Annual statistical returns and brief notes on vaccination in Bengal - 1896-1909
Year: 1896
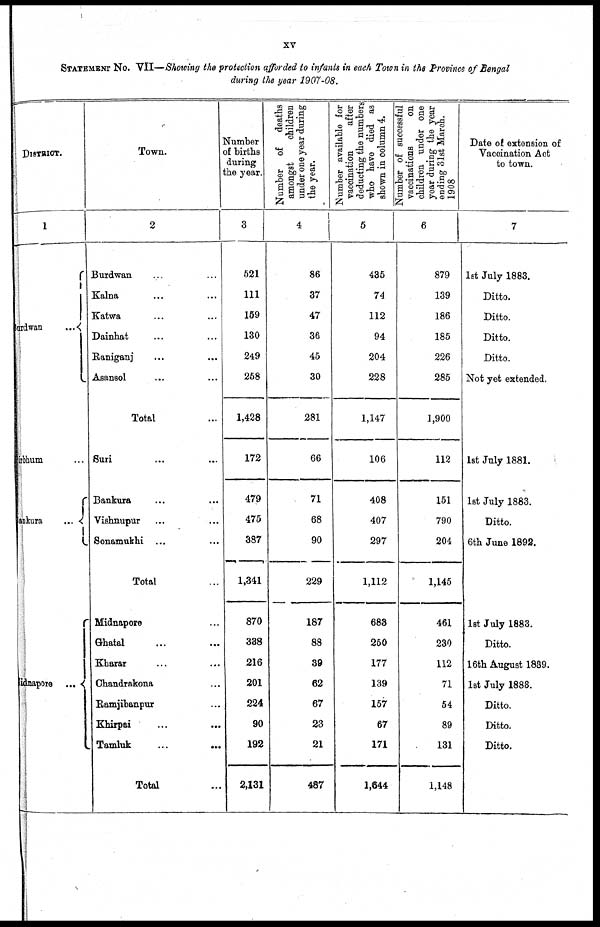
xv
STATEMENT NO. VII—Showing the protection afforded to infants in each Town in the Province of Bengal
during the year 1907-08.
DISTRICT.
1
nrdwan...
Birbhum. . .
Bankura...
Midnapore... ...
Town.
2
Burdwan... ...
Kalna... ...
Katwa... ...
Dainhat... ...
Raniganj... ...
Asansol... ...
Total...
Suri... ...
Bankura... ...
Vishnupur... ...
Sonamukhi... ...
Total...
Midnapore... ...
Ghatal... ...
Kharar... ...
Chandrakona... ...
Ramjibanpur... ...
Khirpai... ...
Tamluk... ...
Total... ...
Number
of births
during
the year.
3
521
111
159
130
249
258
1,428
172
479
475
387
1,341
870
388
216
201
224
90
192
2,131
Number of deaths
amongst
children
under one year during
the year.
4
86
37
47
36
45
30
281
66
71
68
90
229
187
88
39
62
67
23
21
487
Number available for
vaccination
after
deducting the numbers
who have died as
shown in column 4.
5
435
74
112
94
204
228
1,147
106
408
407
297
1,112
683
250
177
139
157
67
171
1,644
Number of successful
vaccinations
on
children under one
year during the year
ending 31st March.
1908
6
879
139
186
185
226
285
1,900
112
151
790
204
1,145
461
230
112
71
54
89
131
1,148
Date of extension of
Vaccination Act
to town.
7
1st July 1883.
Ditto.
Ditto.
Ditto.
Ditto.
Not yet extended.
1st July 1881.
1st July 1883.
Ditto.
6th June 1892.
1st July 1883.
Ditto.
16th August 1889.
1st July 1888.
Ditto.
Ditto.
Ditto.